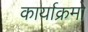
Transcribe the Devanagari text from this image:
कार्याक्रमो